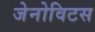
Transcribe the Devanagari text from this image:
जेनोविटस